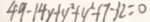
4 9 - 1 4 y + y ^ { 2 } + y ^ { 2 } + 7 - 3 2 = 0